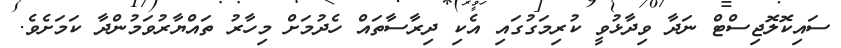
ސައިކޮލޮޖިސްޓް ނަދާ ވިދާޅުވީ ކުރިމަގުގައި އެކި ދިރާސާތައް ހެދުމަށް މިހާރު ތައްޔާރުވަމުންދާ ކަމަށެވެ.